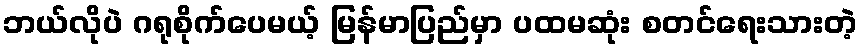
ဘယ်လိုပဲ ဂရုစိုက်ပေမယ့် မြန်မာပြည်မှာ ပထမဆုံး စတင်ရေးသားတဲ့